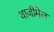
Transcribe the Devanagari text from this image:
थाजीमेल